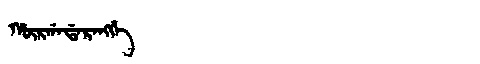
Manchu: ᡥᡡᡵᡤᠠᡩᠠᡵᠠᠩᡤᡝ
Romanization: HŪRGADARANGGE